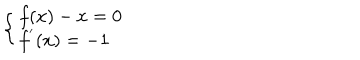
\left\{ \left\{ \begin{cases} { { f ( x ) - x = 0 } } \\ { { f ^ { ' } ( x ) = - 1 } } \\ \end{cases} \right. \right.